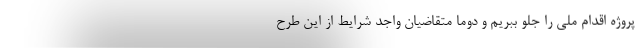
پروژه اقدام ملی را جلو ببریم و دوما متقاضیان واجد شرایط از این طرح